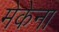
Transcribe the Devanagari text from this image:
मेकेना